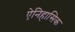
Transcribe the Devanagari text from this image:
ऐनिहासिक